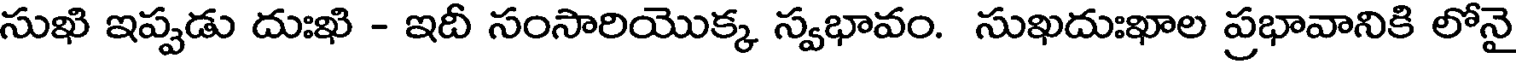
సుఖి ఇప్పడు దుఃఖి - ఇదీ సంసారియొక్క స్వభావం. సుఖదుఃఖాల ప్రభావానికి లోనై